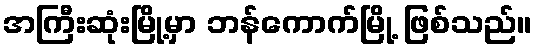
အကြီးဆုံးမြို့မှာ ဘန်ကောက်မြို့ ဖြစ်သည်။